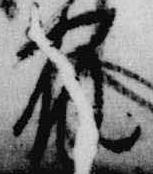
宿